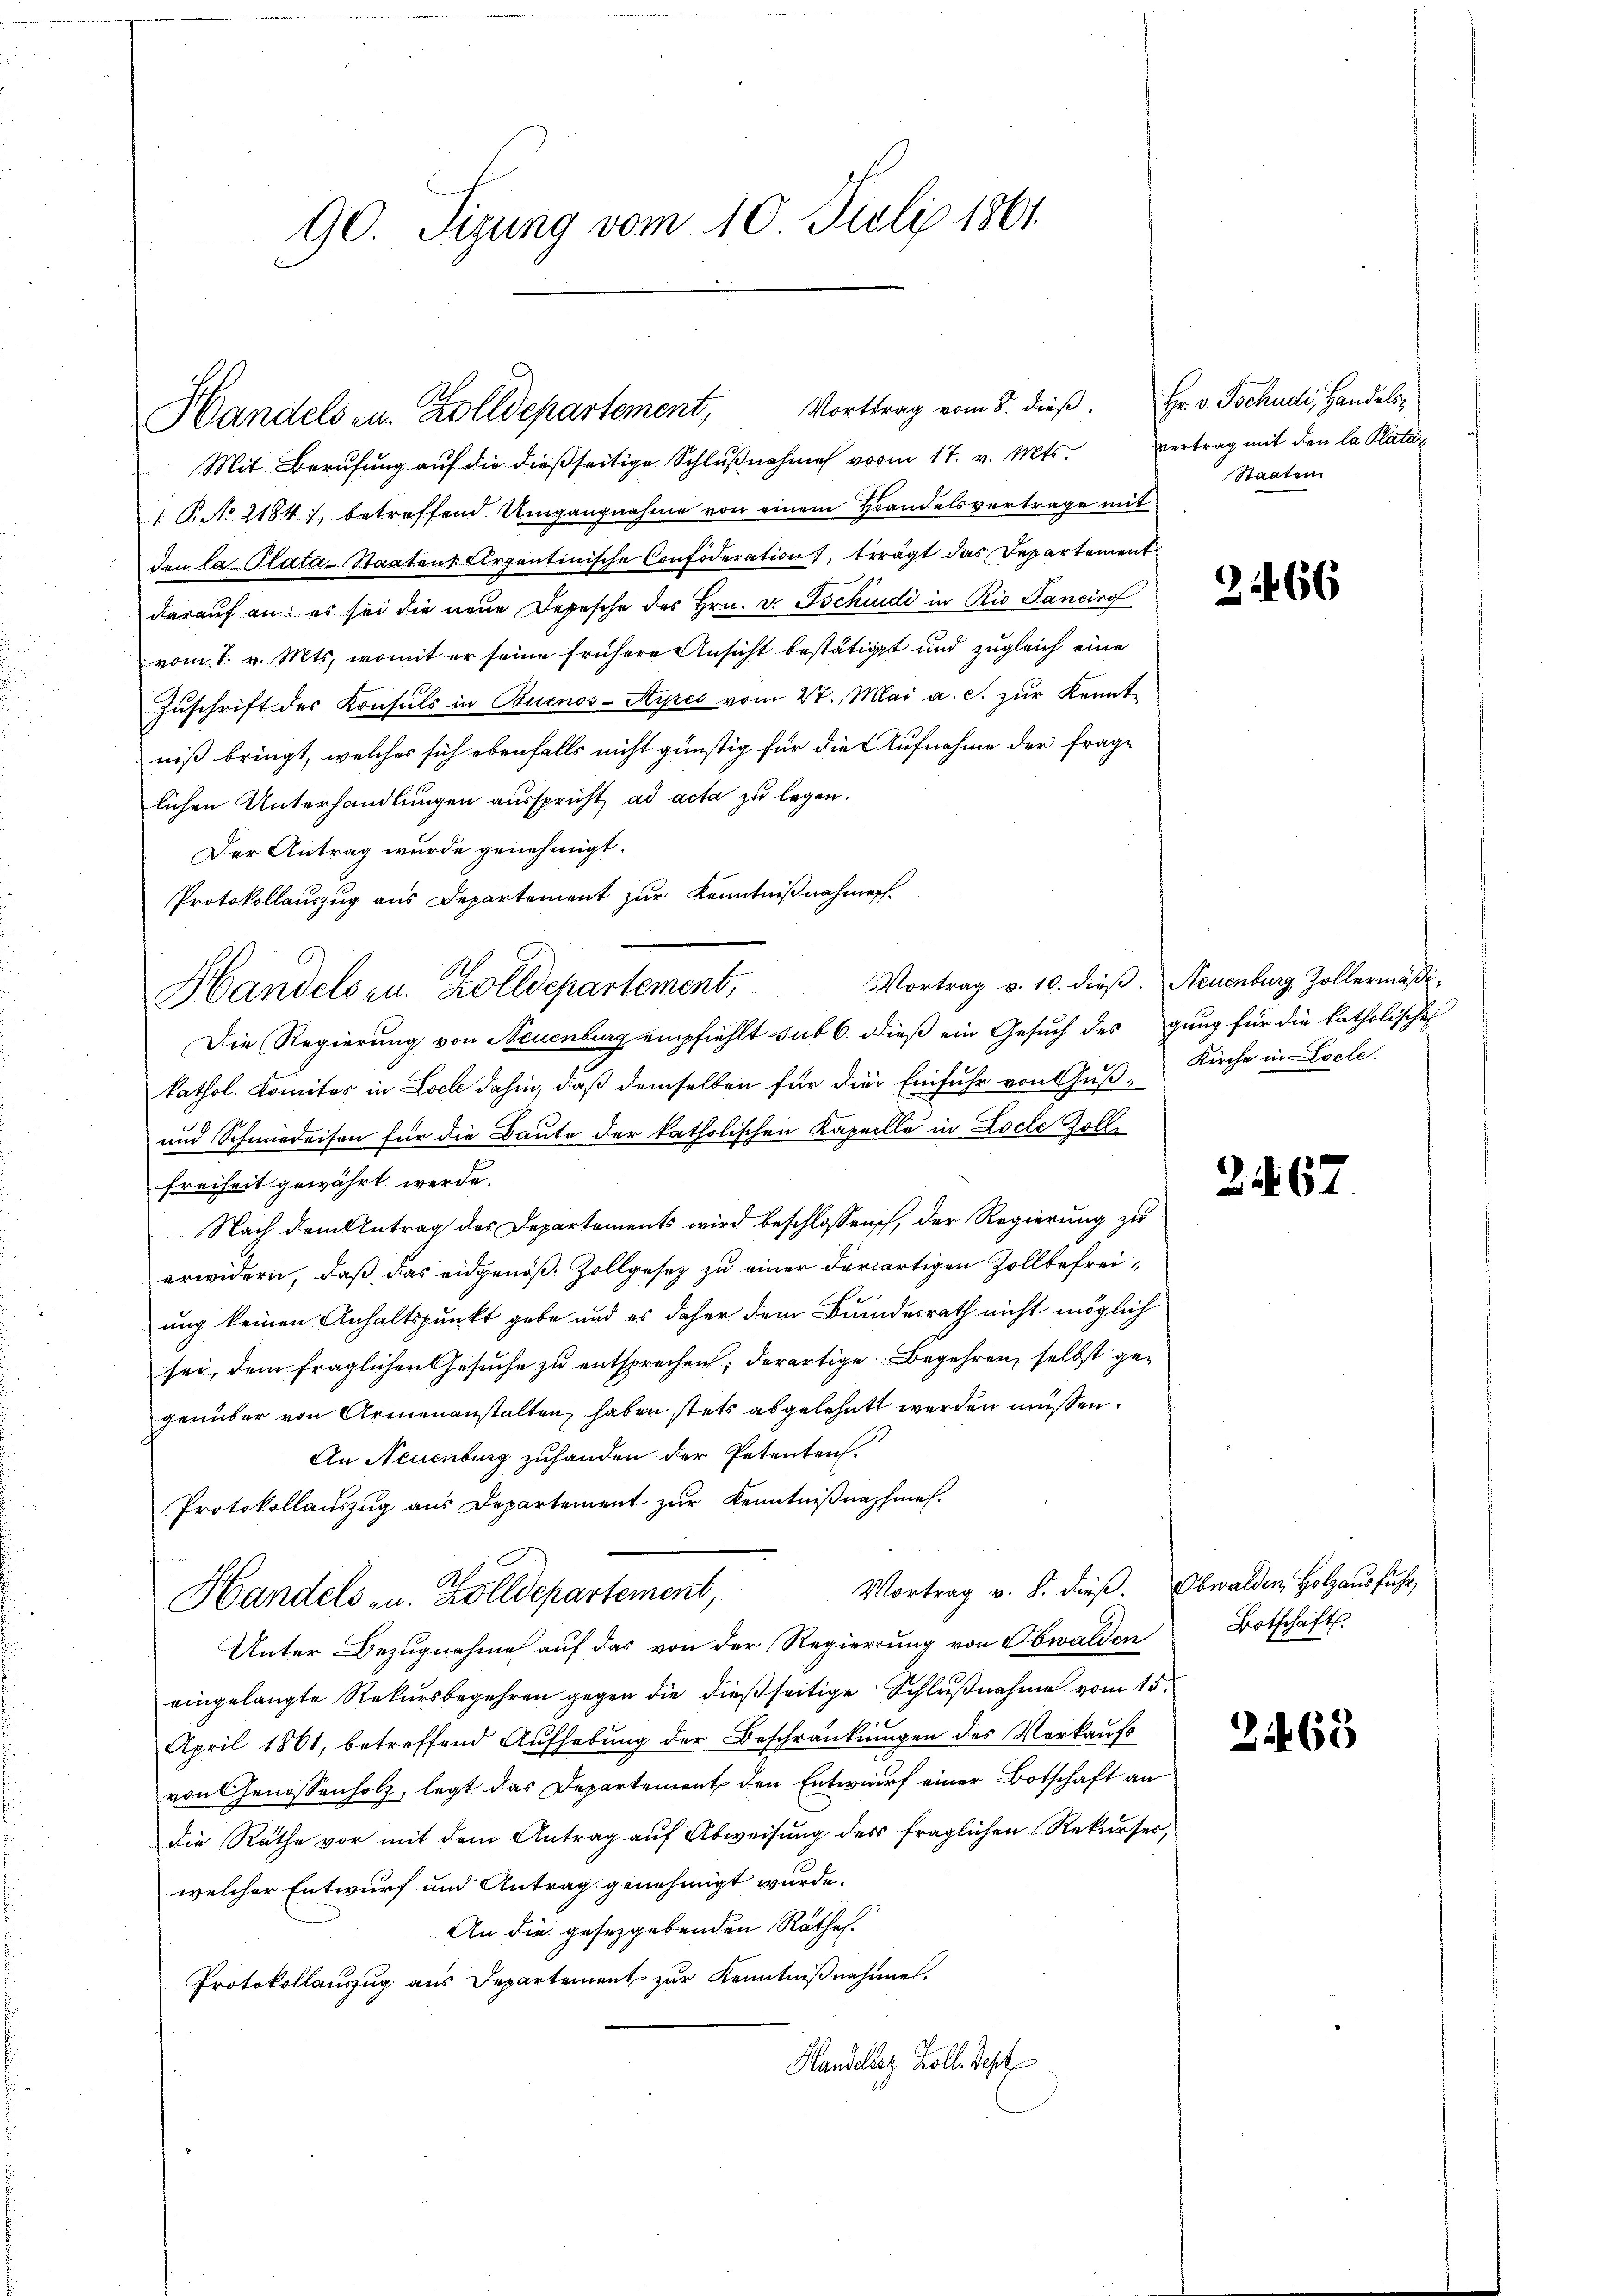
90. Sizung vom 10. Juli 1861.

Mit Berufung auf die dießseitige Schlŭβnahme vom 17. v. Mts. vertrag mit den la Platur
 T. No 21841, betreffend Umgangnahme von einem Handelsvertrage mit
den la Plata-Staatens Argentinische Confideration, trägt das Departement
darauf an: es sei die neue Depesche des Hrn. v. Tschindi in Rio Janeiro
vom 1. v. Mts., womit er seine frühere Ansicht bestätigt und zugleich eine
Zŭschrift der Konsuls in Buenos-Ayres vom 27. Mai a. c. zŭr Kennt-
niß bringt, welches sich ebenfalls nicht günstig für die Aufnahme der frage
lichen Unterhandlungen ausspricht, ad acta zu legen.
Der Antrag wurde genehmigt.
Protokollauszug aus Departement zur Kenntnißnahmen.
kathol. Komites in Loch dahin, daß demselben für die Einfuhr von Guß¬
und Schmiedeison für die Baute der katholischen Kapelle in Loche Zolle
Freiheit gewährt werde.
Nach dem Antrag des Departements wird beschlossen, der Regierung zu
erwidern, daß das eidgenöß. Zollgesez zu einer derartigen Zollbefreiung keinen Anhaltspunkt gebe und es daher dem Bundesrath nicht möglich
sei, dem fraglichen Gesuche zu entsprechen, derartige Begehren selbst gegenüber von Armenanstalten, haben stets abgelehnt werden müssen.
An Neuenburg zuhanden der Petenten.
Protokollauszug aus Departement zur Kenntnißnahmes.
Vortrag v. 8. dieß. Obwalden Holzausfuhr,
Handels zu. Zolldepartement,
Unter Bezugnahme auf das von der Regierung von Obwalden
eingelangte Rekursbegehren gegen die dießseitige Schlußnahme vom 15.
April 1861, betreffend Aŭfhebŭng der Beschränkungen des Verkaŭfs
von Genossenholz, legt das Departement den Entwurf einer Botschaft an
die Räthe vor mit dem Antrag auf Abweisung des fraglichen Rekurses,
welcher Entwurf und Antrag genehmigt wurde.
An die gesetzgebenden Rathes.
Protokollauszug aus Departement zur Kenntnißnahme.
Handeltes Zoll. Sept

Handels u. Zolldepartement, Vorttrag vom 8. dieβ. Hr. v. Tschudi, Handels¬

Handels zu. Zolldepartement, Vortrag v. 10. dieβ. Neuenburg Zollermäßi
Die Regierung von Neuenburg empfiehlt sub 6. dieß ein Gesŭch des gung für die katholische

Staaten.

2466

Kirche in Locle.

267

Botschaft.

2463